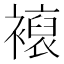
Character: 𧝘